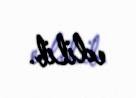
edilib.